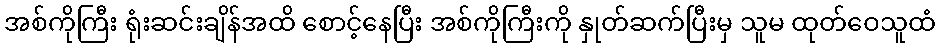
အစ်ကိုကြီး ရုံးဆင်းချိန်အထိ စောင့်နေပြီး အစ်ကိုကြီးကို နှုတ်ဆက်ပြီးမှ သူမ ထုတ်ဝေသူထံ